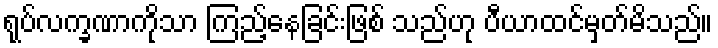
ရုပ်လက္ခဏာကိုသာ ကြည့်နေခြင်းဖြစ် သည်ဟု ပီယာထင်မှတ်မိသည်။